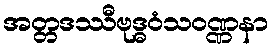
အတ္တဒဿီဗုဒ္ဓဝံသဝဏ္ဏနာ